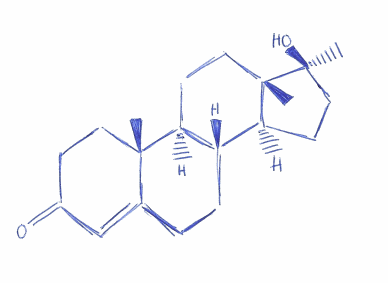
Simplified molecular-input line-entry system (SMILES) notation of the given molecule:
C[C@]12CCC(=O)C=C1CC[C@@H]3[C@@H]2CC[C@]4([C@H]3CC[C@]4(C)O)C